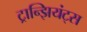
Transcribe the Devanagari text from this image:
ट्रान्झियंट्स